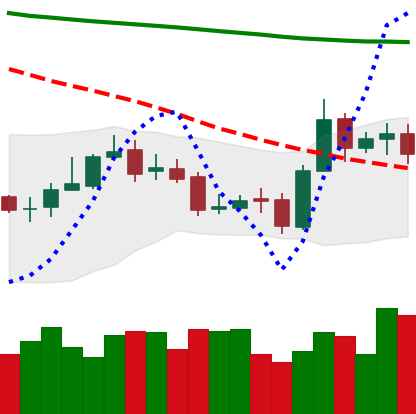
Ticker: ETC-USD
Chart end date: 2020-10-26
Forward return: -3.367%
Label: down_3_5